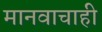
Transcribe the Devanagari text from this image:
मानवाचाही